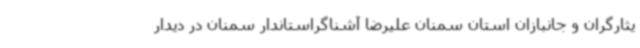
یثارگران و جانبازان استان سمنان علیرضا آشناگراستاندار سمنان در دیدار